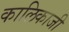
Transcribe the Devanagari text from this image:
कालिकाजी